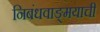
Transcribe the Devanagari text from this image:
निबंधवाङ्‌मयाची